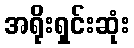
အရိုးရှင်းဆုံး